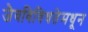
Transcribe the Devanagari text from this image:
जैवविविधतेमधून